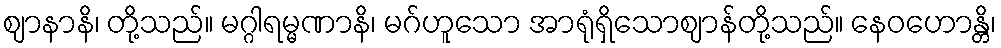
ဈာနာနိ၊ တို့သည်။ မဂ္ဂါရမ္မဏာနိ၊ မဂ်ဟူသော အာရုံရှိသောဈာန်တို့သည်။ နေဝဟောန္တိ၊